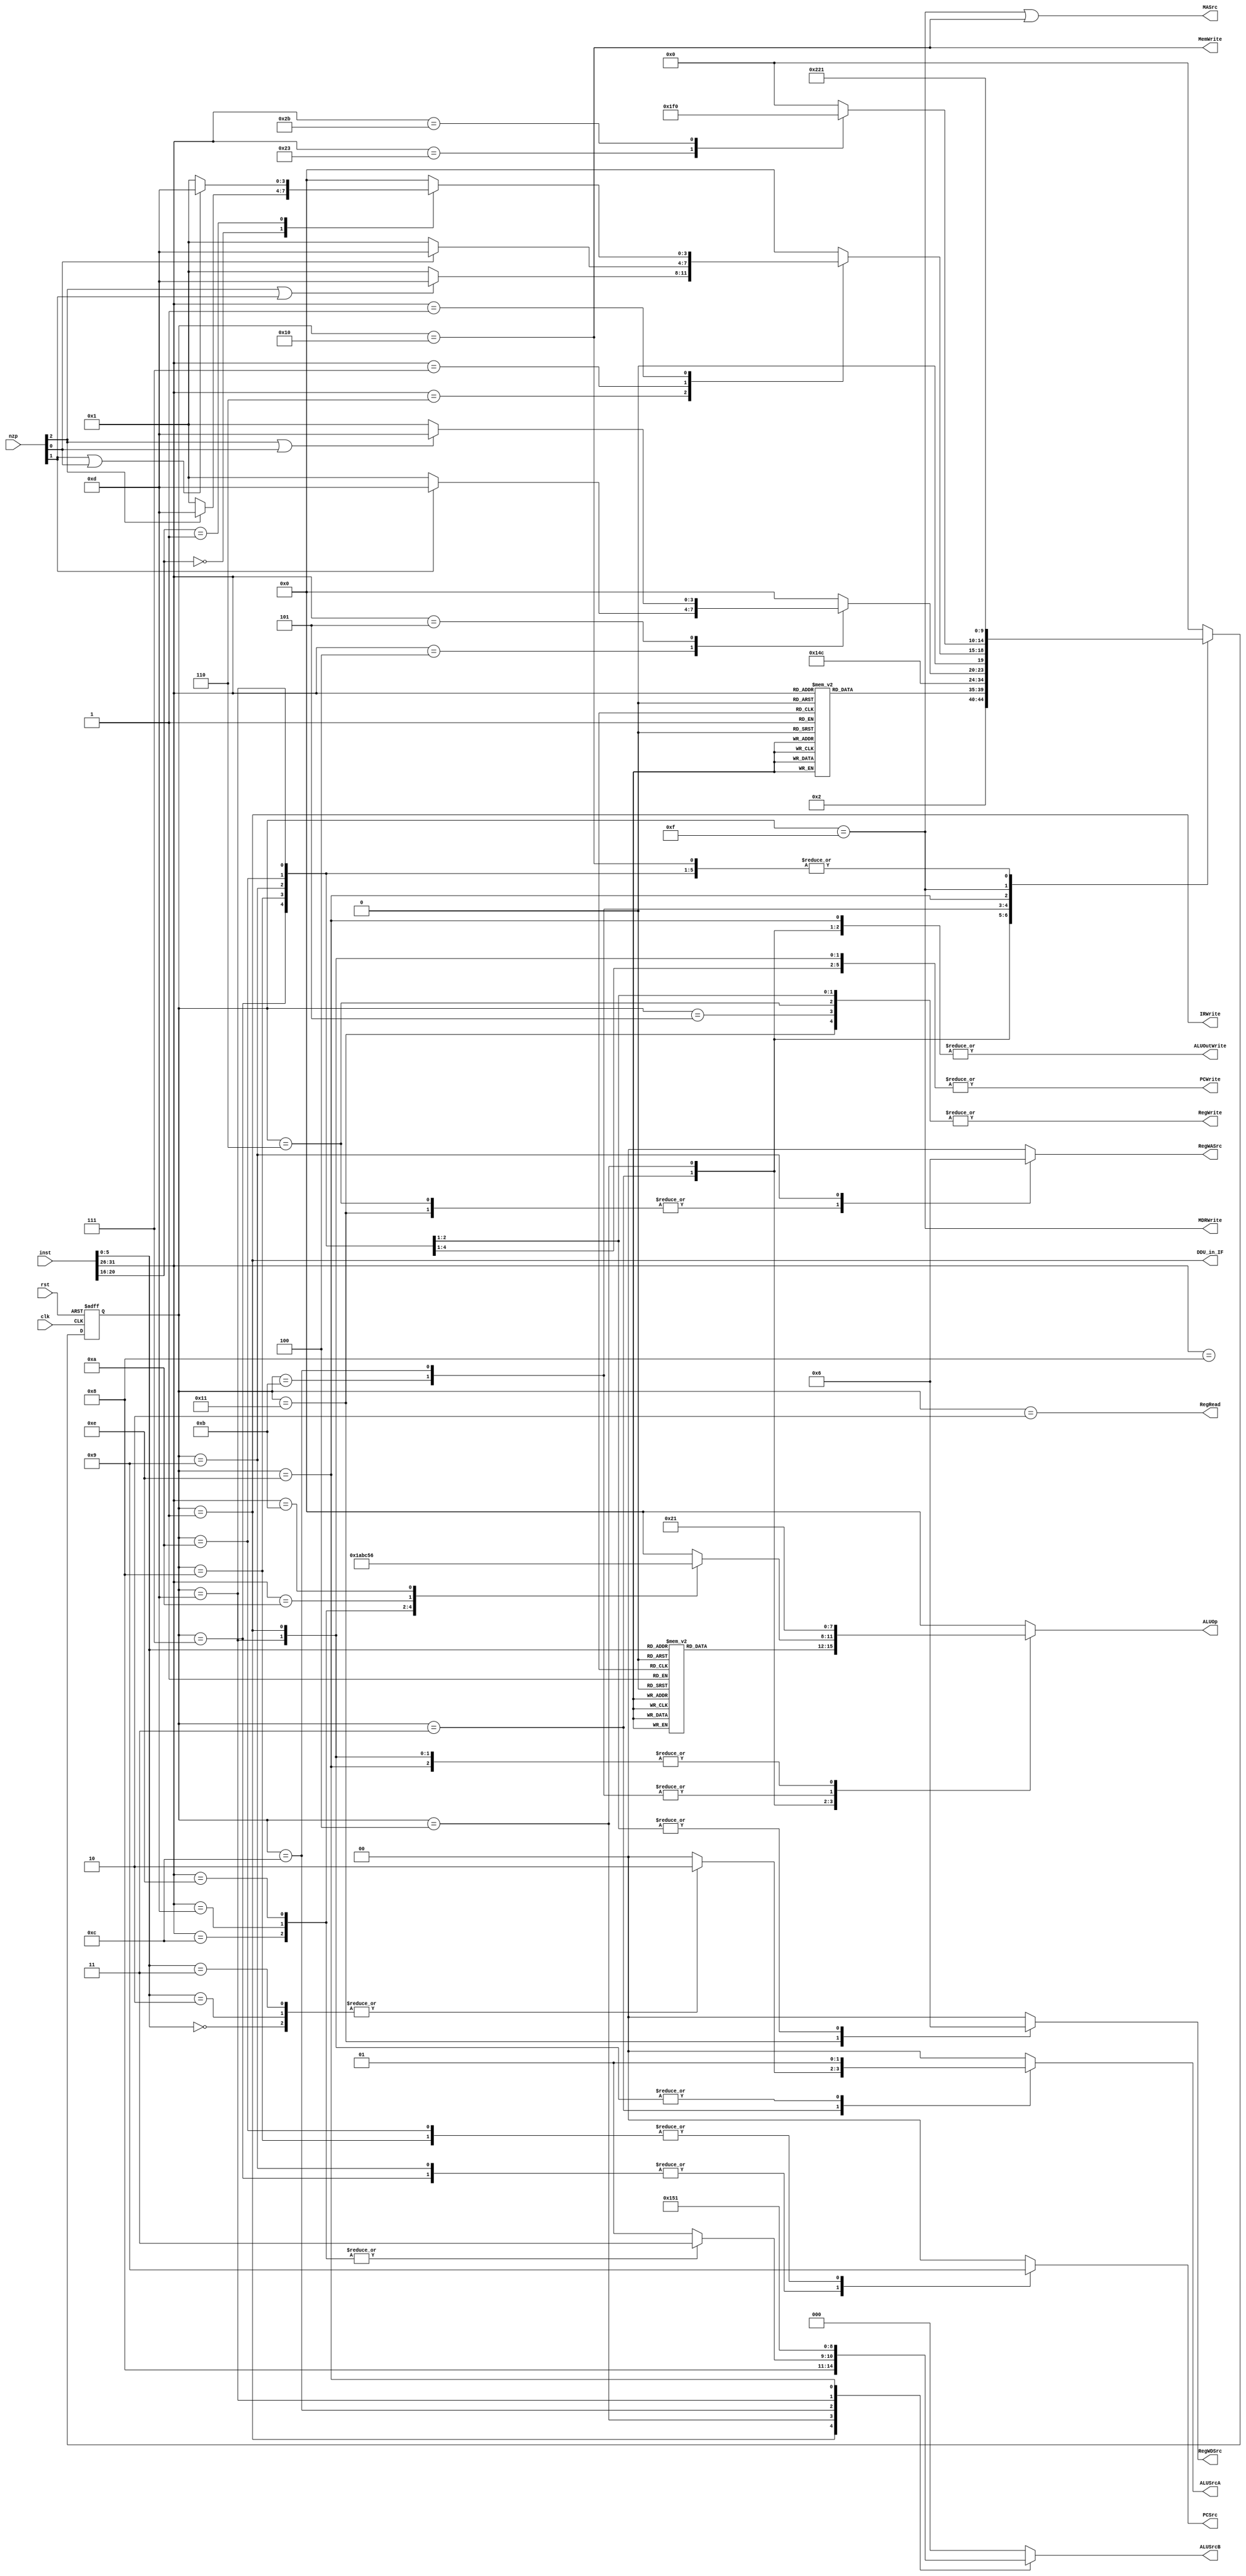
module Control (
	input clk,
	input rst,
	input [31:0] inst,
	input [2:0] nzp,	// 用于分支

	// PC 相关
	output reg [1:0] PCSrc,
	output PCWrite,

	// Mem 相关
	output MASrc,
	output MemWrite,
	output IRWrite,
	output MDRWrite,

	// reg 相关
	output reg [1:0] RegWASrc,
	output RegRead,
	output RegWrite,
	output reg [1:0] RegWDSrc,

	// ALU 相关
	output reg [1:0] ALUSrcA,
	output reg [2:0] ALUSrcB,
	output reg [3:0] ALUOp,
	output ALUOutWrite,
	// output NZPWrite,

	// DDU
	output DDU_in_IF
);

	assign DDU_in_IF = state==IF;

	wire [5:0] op,funct;
	wire [4:0] spec;

	assign op = inst[31:26];
	assign funct = inst[5:0];
	assign spec = inst[20:16];

	parameter
		OP_LW='h23,
		OP_SW='h2B,

		OP_R='h0,

		OP_ADDI='h8,
		OP_ANDI='hC,
		OP_ORI='hD,
		OP_XORI='hE,
		OP_SLTI='hA,
		OP_SLTIU='hB,

		OP_BEQ='h4,
		OP_BNE='h5,
		OP_BLEZ='h6,
		OP_BGTZ='h7,

		OP_BLTZ_BGEZ='h1,
		SPEC_BLTZ='h0,
		SPEC_BGEZ='h1,

		OP_J='h2,
		OP_JAL='h3,
		OP_JR_JALR='h0,
		FUNCT_JR='h8,
		FUNCT_JALR='h9,

		FUNCT_ADD='h20,
		FUNCT_SUB='h22,
		FUNCT_SLT='h2A,
		FUNCT_SLTU='h2B,
		FUNCT_SLL='h0,
		FUNCT_SRL='h2,
		FUNCT_SRA='h3,
		FUNCT_SLLV='h4,
		FUNCT_SRLV='h6,
		FUNCT_SRAV='h7,
		FUNCT_AND='h24,
		FUNCT_OR='h25,
		FUNCT_XOR='h26,
		FUNCT_NOR='h27;

	reg [4:0] state;

	parameter
		IF=1,		// inst fetch
		ID=2,		// inst decode

		R_R=3,		// R_R inst ALU
		R_I=4,		// R_I inst ALU
		R_R_WB=5,
		R_I_WB=6,

		J=7,
		JR=8,
		JAL=9,
		JALR=10,

		B=11,
		BZ=12,
		B_PC=13,

		LW_SW=14,
		MEM_READ=15,
		MEM_WRITE=16,
		LW_WB=17,
		ERROR=0;

	// 状态转换
	always @(posedge clk or posedge rst) begin
		if(rst) begin
			state <= IF;
		end
		else begin
			case (state)
				IF: state <= ID;
				ID: begin
					// 根据 op 和 funct 更改
					case (op)
						OP_LW: state <= LW_SW;
						OP_SW: state <= LW_SW;
						OP_R: state <= R_R;
						OP_ADDI: state <= R_I;
						OP_ANDI: state <= R_I;
						OP_ORI: state <= R_I;
						OP_XORI: state <= R_I;
						OP_SLTI: state <= R_I;
						OP_SLTIU: state <= R_I;
						OP_BEQ: state <= B;
						OP_BNE: state <= B;
						OP_BLEZ: state <= BZ;
						OP_BGTZ: state <= BZ;
						OP_BLTZ_BGEZ: state <= BZ;
						OP_J: state <= J;
						OP_JAL: state <= JAL;
						OP_JR_JALR: begin
							case (funct)
								FUNCT_JR: state <= JR;
								FUNCT_JALR: state <= JALR;
								default: state <= ERROR;
							endcase
						end
						default: state <= ERROR;
					endcase
				end
				R_R: state <= R_R_WB;
				R_I: state <= R_I_WB;
				R_R_WB: state <= IF;
				R_I_WB: state <= IF;
				J: state <= IF;
				JR: state <= IF;
				JAL: state <= IF;
				JALR: state <= IF;
				B: begin
					// 根据判断结果
					case (op)
						OP_BEQ: state <= nzp[1] ? B_PC : IF;
						OP_BNE: state <= (nzp[2]|nzp[0]) ? B_PC : IF;
						default: state <= ERROR;
					endcase
				end
				BZ: begin
					// 根据判断结果
					case (op)
						OP_BLEZ: state <= (nzp[2]|nzp[1]) ? B_PC : IF;
						OP_BGTZ: state <= nzp[0] ? B_PC : IF;
						OP_BLTZ_BGEZ: begin
							case (spec)
								SPEC_BLTZ: state <= nzp[2] ? B_PC : IF;
								SPEC_BGEZ: state <= (nzp[1]|nzp[0]) ? B_PC : IF;
								default: state <= ERROR;
							endcase
						end
						default: state <= ERROR;
					endcase
				end
				B_PC: state <= IF;
				LW_SW: begin
					// 根据 op 判断
					case (op)
						OP_LW: state <= MEM_READ;
						OP_SW: state <= MEM_WRITE;
						default: state <= ERROR;
					endcase
				end
				MEM_READ: state <= LW_WB;
				MEM_WRITE: state <= IF;
				LW_WB: state <= IF;
				default: state <= ERROR;
			endcase
		end
	end

	assign PCWrite = |{ state==IF, state==J, state==JR, state==JAL, state==JALR, state==B_PC};
	// PCSrc:
	// 0: S  1: rs  2: J_imm
	always @(*) begin
		case (state)
			IF: PCSrc = 0;
			B_PC: PCSrc = 0;
			J: PCSrc = 2;
			JR: PCSrc = 1;
			JAL: PCSrc = 2;
			JALR: PCSrc = 1;
			default: PCSrc = 0;
		endcase
	end

	// MASrc:
	// 0: PC  1: ALU
	assign MASrc = state==MEM_READ || state==MEM_WRITE;
	assign MemWrite = state==MEM_WRITE;
	assign IRWrite = state==IF;
	assign MDRWrite = state==MEM_READ;

	assign RegRead = state==ID;
	assign RegWrite = |{state==LW_WB, state==R_R_WB, state==R_I_WB, state==JAL, state==JALR};
	// RegWASrc:
	// 0: rd  1: rt  2:31
	always @(*) begin
		case (state)
			R_R_WB: RegWASrc = 0;
			R_I_WB: RegWASrc =1;
			LW_WB: RegWASrc = 1;
			JAL: RegWASrc = 2;
			JALR: RegWASrc = 0;
			default: RegWASrc = 0;
		endcase
	end
	// RegWDSrc:
	// 0: ALU  1: MDR  2: PC
	always @(*) begin
		case (state)
			R_R_WB: RegWDSrc = 0;
			R_I_WB: RegWDSrc = 0;
			LW_WB: RegWDSrc = 1;
			JAL: RegWDSrc =2;
			JALR: RegWDSrc =2;
			default: RegWDSrc = 0;
		endcase
	end
	
	// ALUSrcA
	// 0: rs  1:PC  2:shift
	always @(*) begin
		case (state)
			IF: ALUSrcA = 1;
			// 移位指令特殊处理
			R_R: ALUSrcA = |{funct==FUNCT_SLL, funct==FUNCT_SRL, funct==FUNCT_SRA} ? 2 : 0;
			R_I: ALUSrcA = 0;
			B: ALUSrcA = 0;
			BZ: ALUSrcA = 0;
			B_PC: ALUSrcA = 1;
			LW_SW: ALUSrcA = 0;
			default: ALUSrcA = 0;
		endcase
	end

	// ALUSrcB
	// 0:rt  1: sext(imm16)  2: sext(imm16)<<2
	// 3:zext(imm16)  4:4  5:0
	always @(*) begin
		case (state)
			IF: ALUSrcB = 4;
			R_R: ALUSrcB = 0;
			// ANDI ORI XORI 需要 zimm
			R_I: ALUSrcB = |{op==OP_ANDI, op==OP_ORI, op==OP_XORI} ? 3 : 1;
			B: ALUSrcB = 0;
			BZ: ALUSrcB = 5;
			B_PC: ALUSrcB = 2;
			LW_SW: ALUSrcB = 1;
			default: ALUSrcB = 0;
		endcase
	end

	assign ALUOutWrite = |{state==R_R, state==R_I, state==LW_SW};
	// assign NZPWrite = state==B || state==BZ;

	// ALU op 码
	parameter
		ALU_OP_ADD=1,
		ALU_OP_SUB=2,
		ALU_OP_SLT=5,
		ALU_OP_SLTU=6,
		ALU_OP_SLL=7,
		ALU_OP_SRL=8,
		ALU_OP_SRA=9,
		ALU_OP_AND=10,
		ALU_OP_OR=11,
		ALU_OP_XOR=12,
		ALU_OP_NOR=13;

	// ALUOp
	always @(*) begin
		case (state)
			IF: ALUOp = ALU_OP_ADD;
			R_R: begin
				case (funct)
					FUNCT_ADD: ALUOp = ALU_OP_ADD;
					FUNCT_SUB: ALUOp = ALU_OP_SUB;
					FUNCT_SLT: ALUOp = ALU_OP_SLT;
					FUNCT_SLTU: ALUOp = ALU_OP_SLTU;
					FUNCT_SLL: ALUOp = ALU_OP_SLL;
					FUNCT_SRL: ALUOp = ALU_OP_SRL;
					FUNCT_SRA: ALUOp = ALU_OP_SRA;
					FUNCT_SLLV: ALUOp = ALU_OP_SLL;
					FUNCT_SRLV: ALUOp = ALU_OP_SRL;
					FUNCT_SRAV: ALUOp = ALU_OP_SRA;
					FUNCT_AND: ALUOp = ALU_OP_AND;
					FUNCT_OR: ALUOp = ALU_OP_OR;
					FUNCT_XOR: ALUOp = ALU_OP_XOR;
					FUNCT_NOR: ALUOp = ALU_OP_NOR;
					default : ALUOp = 0;
				endcase
			end
			R_I: begin
				case (op)
					OP_ADDI: ALUOp = ALU_OP_ADD;
					OP_ANDI: ALUOp = ALU_OP_AND;
					OP_ORI: ALUOp = ALU_OP_OR;
					OP_XORI: ALUOp = ALU_OP_XOR;
					OP_SLTI: ALUOp = ALU_OP_SLT;
					OP_SLTIU: ALUOp = ALU_OP_SLTU;
					default: ALUOp = 0;
				endcase
			end
			B: ALUOp = ALU_OP_SUB; 
			BZ: ALUOp = ALU_OP_SUB;
			B_PC: ALUOp = ALU_OP_ADD;
			LW_SW: ALUOp = ALU_OP_ADD;
			default: ALUOp = 0;
		endcase
	end

endmodule